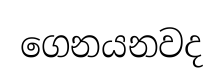
ගෙනයනවද